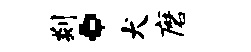
剡。犬磨